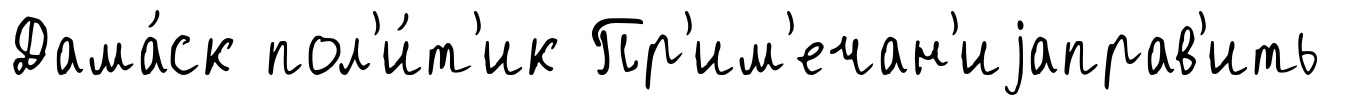
Дама́ск пол'и́т'ик Пр'им'ечан'иjаправ'ить